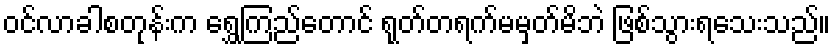
ဝင်လာခါစတုန်းက ရွှေကြည်တောင် ရုတ်တရက်မမှတ်မိဘဲ ဖြစ်သွားရသေးသည်။